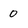
Character: o